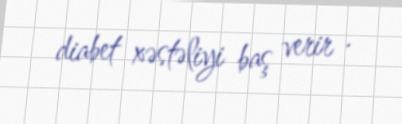
diabet xəstəliyi baş verir .